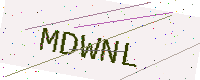
Text: MDWNL